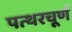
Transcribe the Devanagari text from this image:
पत्थरचूर्ण